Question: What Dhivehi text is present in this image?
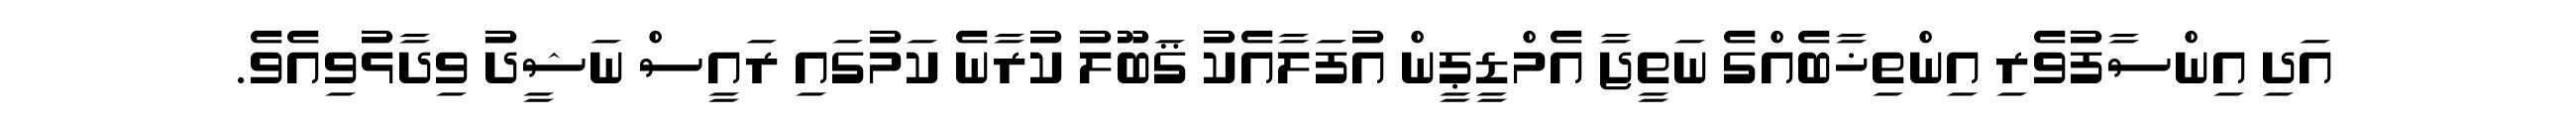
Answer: އަދި އިންސާފުވެރި އިންތިޚާބެއްގެ ނަތީޖާ އެމްޑީޕީން އުފަލާއެކު ޤަބޫލު ކުރާނެ ކަމުގައި ރައީސް ނަޝީދު ވިދާޅުވިއެވެ.